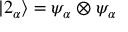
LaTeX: | 2 _ { \alpha } \rangle = \psi _ { \alpha } \otimes \psi _ { \alpha }